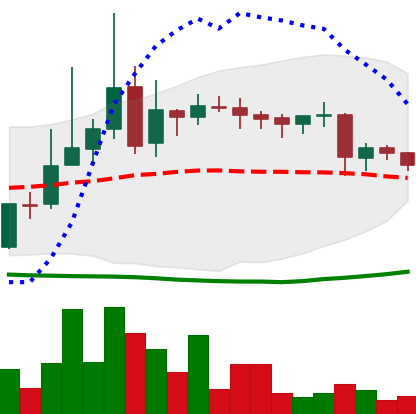
Ticker: LINK-USD
Chart end date: 2019-03-24
Forward return: 9.443%
Label: up_7plus